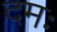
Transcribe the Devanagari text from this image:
दमः